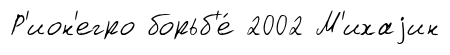
Р'ион'егро борьб'е́ 2002 М'ихаjин